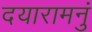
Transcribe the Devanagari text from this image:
दयारामनुं